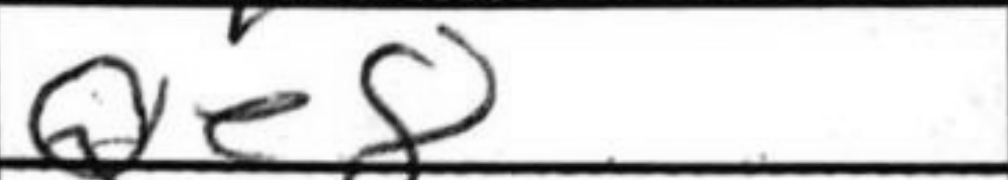
Transcription: Qe8